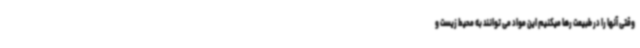
وقتی آنها را در طبیعت رها میکنیم این مواد می توانند به محیط زیست و